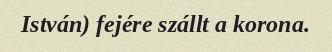
István) fejére szállt a korona.